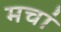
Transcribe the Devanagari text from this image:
मचां